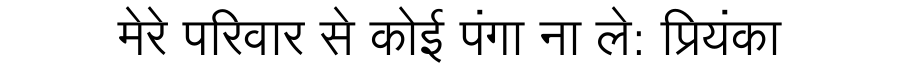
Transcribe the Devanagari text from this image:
मेरे परिवार से कोई पंगा ना ले: प्रियंका